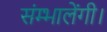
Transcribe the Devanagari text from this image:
संम्भालेंगी।